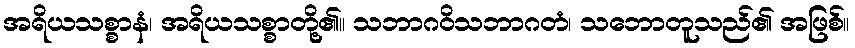
အရိယသစ္စာနံ၊ အရိယသစ္စာတို့၏။ သဘာဂဝိသဘာဂတံ၊ သဘောတူသည်၏ အဖြစ်။